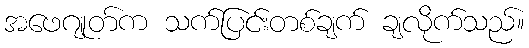
အဖေဂျုတ်က သက်ပြင်းတစ်ချက် ချလိုက်သည်။